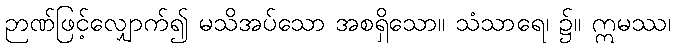
ဉာဏ်ဖြင့်လျှောက်၍ မသိအပ်သော အစရှိသော။ သံသာရေ၊ ၌။ ဣမဿ၊